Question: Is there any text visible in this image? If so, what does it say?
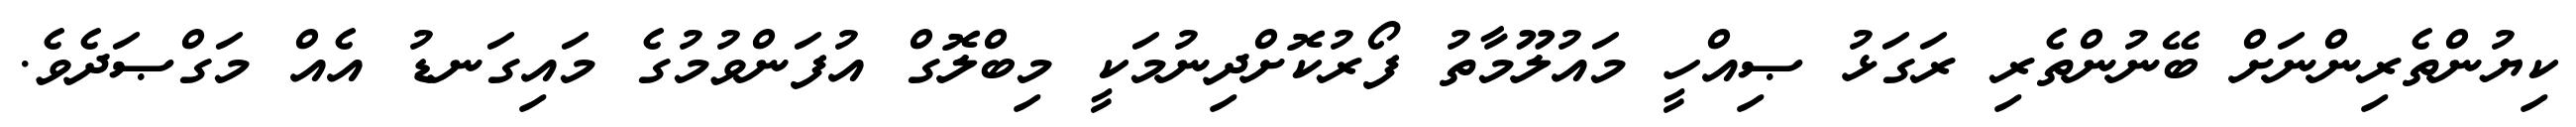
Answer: ކިޔުންތެރިންނަށް ބޭނުންތެރި ރަގަޅު ޞިއްހީ މައުލޫމާތު ފޯރުކޮށްދިނުމަކީ މިބްލޮގް އުފަންވުމުގެ މައިގަނޑު އެއް މަގްޞަދެވެ.